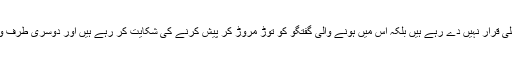
گویا ایک ہی بیان میں ایک طرف وڈیوز کو مکمل جعلی قرار نہیں دے رہے ہیں بلکہ اس میں ہونے والی گفتگو کو توڑ مروڑ کر پیش کرنے کی شکایت کر رہے ہیں اور دوسری طرف وڈیو کو جھوٹی، جعلی اور فرضی قرار دے رہے ہیں۔